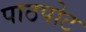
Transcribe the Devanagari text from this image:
पाठपोट